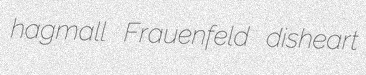
hagmall Frauenfeld disheart